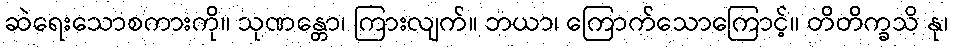
ဆဲရေးသောစကားကို။ သုဏန္တော၊ ကြားလျက်။ ဘယာ၊ ကြောက်သောကြောင့်။ တိတိက္ခသိ နု၊